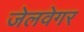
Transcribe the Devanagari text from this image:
जेलवेगर